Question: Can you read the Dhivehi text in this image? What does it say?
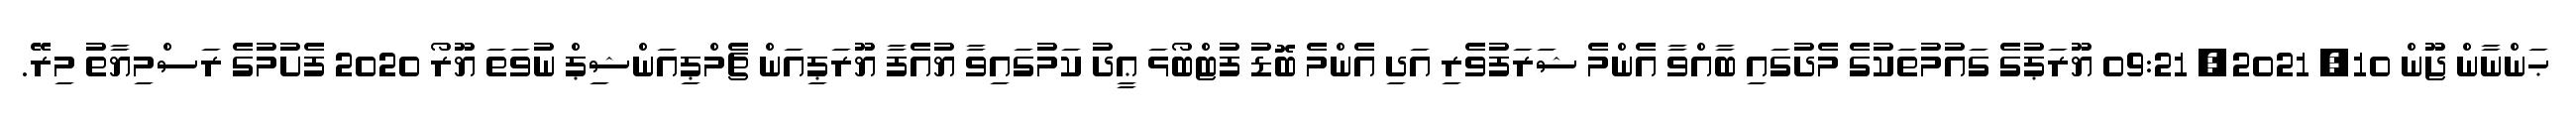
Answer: ޙަންނާން ޖޫން 10, 2021, 09:21 ޔޫރަޕުގެ ގައުމުތަކުގެ މެދުގައި ބާއްވާ އެންމެ ޝަރަފުވެރި އަދި އެންމެ ބޮޑު ފުޓްބޯޅަ ޢީދު ކަމުގައިވާ ޔުއެފާ ޔޫރަޕިއަން ޗެމްޕިއަންޝިޕް ނުވަތަ ޔޫރޯ 2020 ފެށުމުގެ ރަސްމިޔާތު މިރޭ.